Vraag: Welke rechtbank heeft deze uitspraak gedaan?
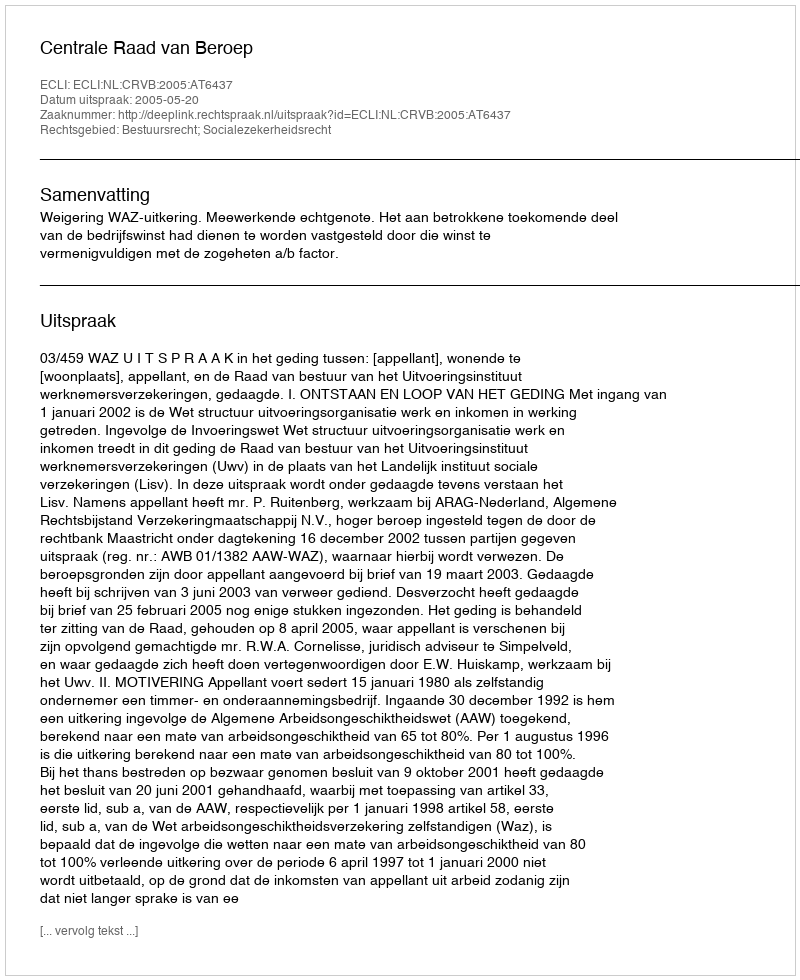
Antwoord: Centrale Raad van Beroep